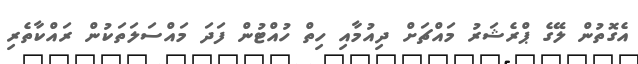
އެގޮތުން ލޭގެ ޕްރެޝަރު މައްޗަށް ދިއުމާއި ހިތް ހުއްޓުން ފަދަ މައްސަލަތަކުން ރައްކާތެރި